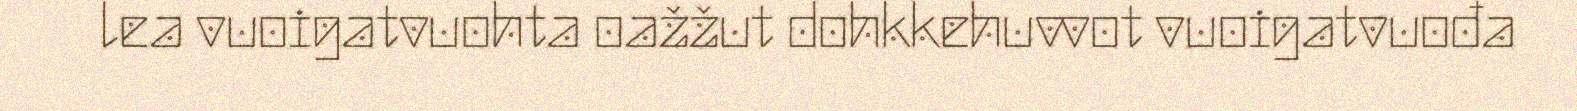
lea vuoigatvuohta oažžut dohkkehuvvot vuoigatvuođa